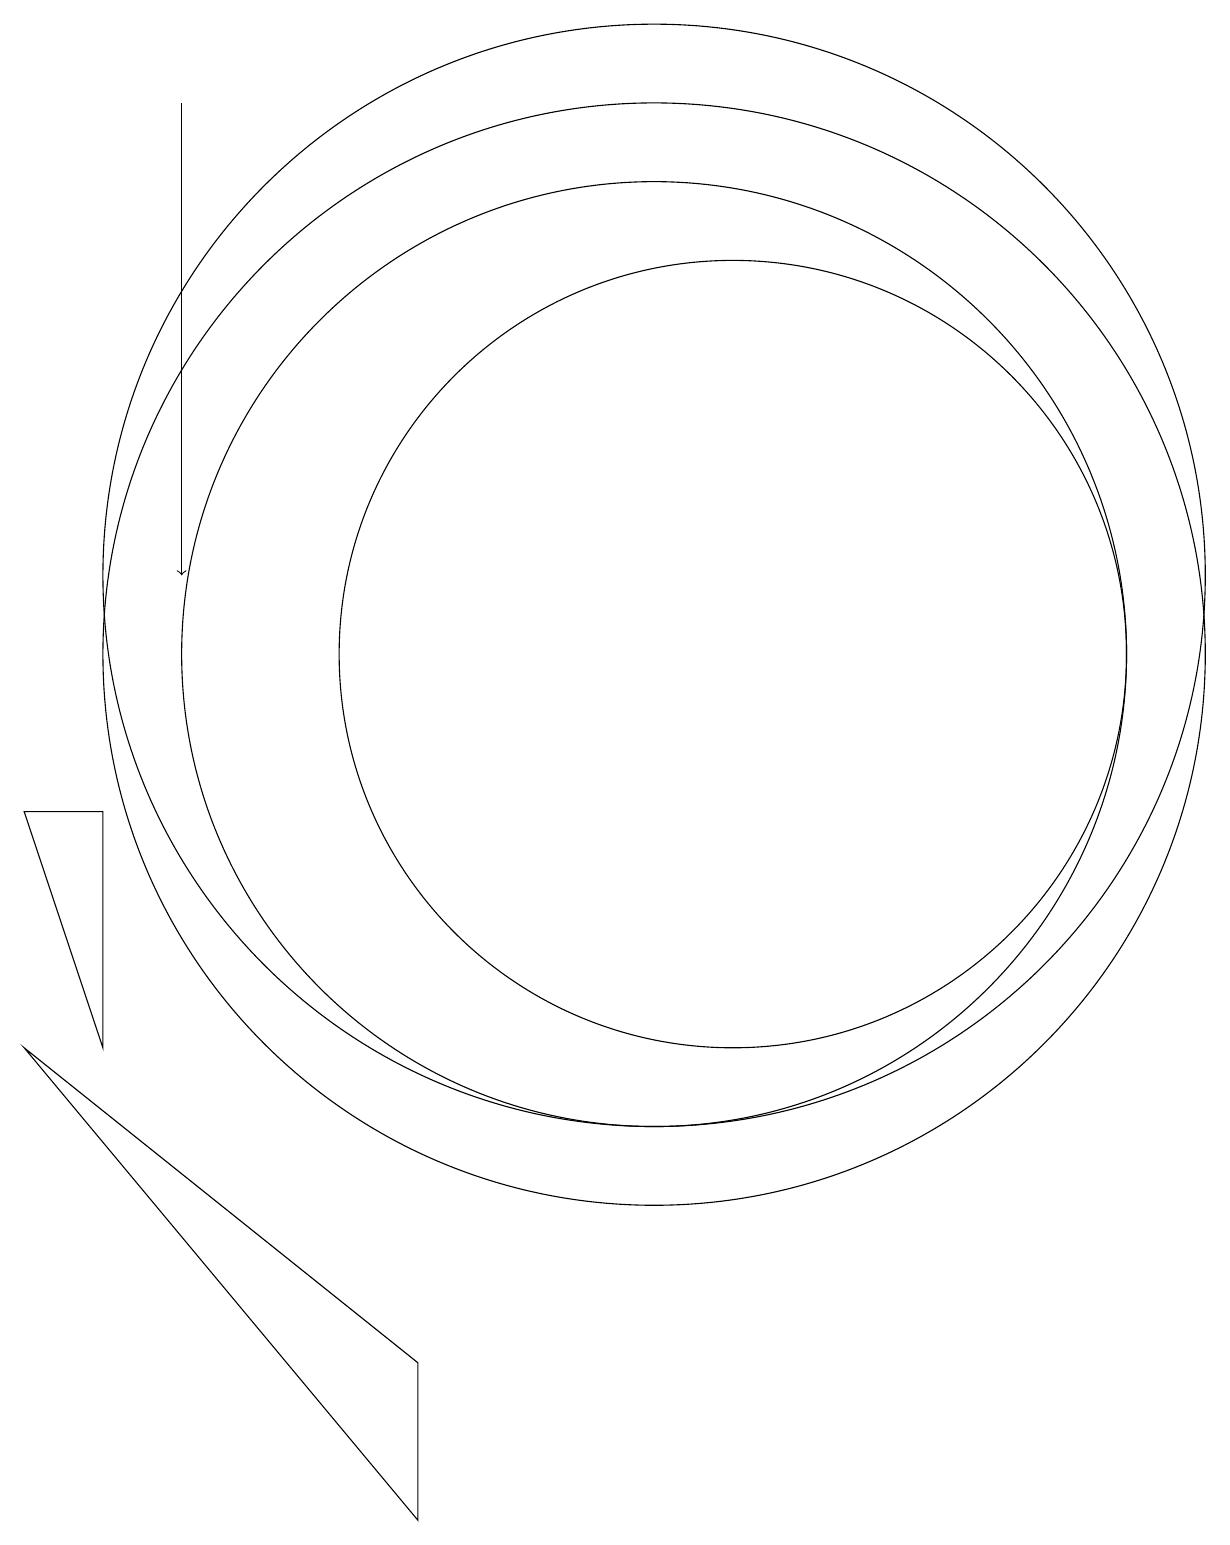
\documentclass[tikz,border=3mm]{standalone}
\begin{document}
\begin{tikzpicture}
\draw (10,11) circle (6);
\draw[->] (4,18) -- (4,12);
\draw (7,2) -- (7,0) -- (2,6) -- cycle;
\draw (3,9) -- (3,6) -- (2,9) -- cycle;
\draw (10,11) circle (7);
\draw (10,12) circle (7);
\draw (11,11) circle (5);
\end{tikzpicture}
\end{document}